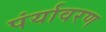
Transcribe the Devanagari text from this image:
पंर्यावरण